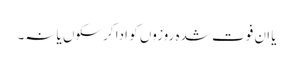
یا ان فوت شدہ روزوں کو ادا کرسکوں یانہ۔